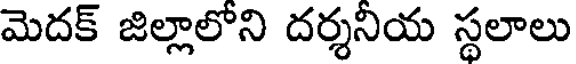
మెదక్ జిల్లాలోని దర్శనియ స్థలాలు